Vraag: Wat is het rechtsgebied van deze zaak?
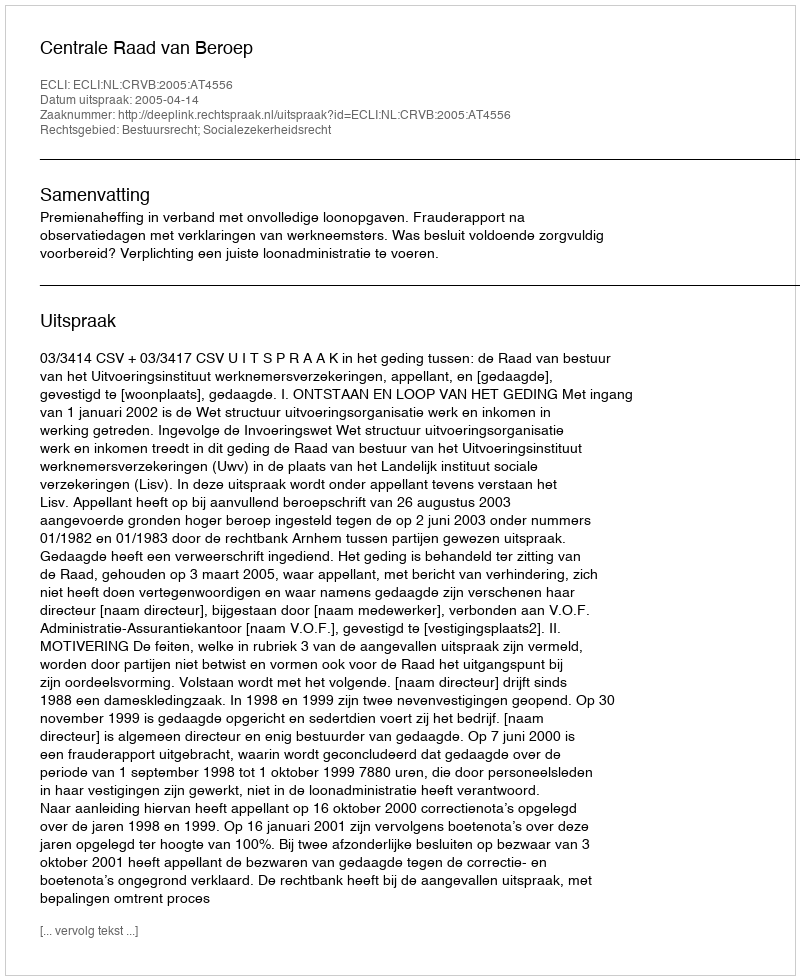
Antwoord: Bestuursrecht; Socialezekerheidsrecht